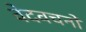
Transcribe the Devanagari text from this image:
वेदवचनों